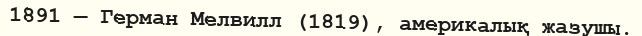
1891 — Герман Мелвилл (1819), америкалық жазушы.